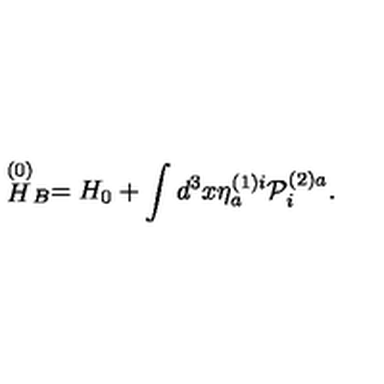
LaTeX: \stackrel { \left( 0 \right) } { H } _ { B } = H _ { 0 } + \int d ^ { 3 } x \eta _ { a } ^ { \left( 1 \right) i } { \cal P } _ { i } ^ { \left( 2 \right) a } .